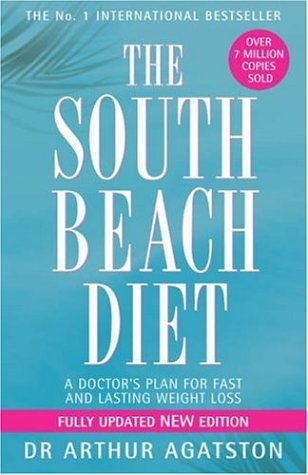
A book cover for THE SOUTH BEACH DIET: A DOCTOR'S PLAN FOR FAST AND LASTING WEIGHT LOSS; ARTHUR AGATSTON; Health, Fitness & Dieting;